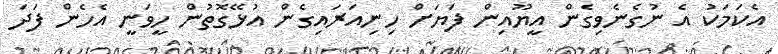
އެކަމަކު އެ ނުގެނެވިގެން އީޔޫއިން ފަޔަށް ހިނިއަރައިގެން އުޅޭގޮތުން ހީވަނީ އެހެން ފަދަ